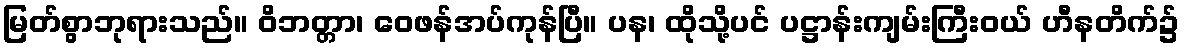
မြတ်စွာဘုရားသည်။ ဝိဘတ္တာ၊ ဝေဖန်အပ်ကုန်ပြီ။ ပန၊ ထိုသို့ပင် ပဋ္ဌာန်းကျမ်းကြီးဝယ် ဟီနတိက်၌